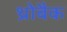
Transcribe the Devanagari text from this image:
थ्रोबैक